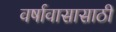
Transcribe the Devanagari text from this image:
वर्षावासासाठी